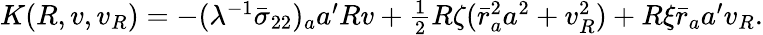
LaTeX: \begin{array}{r}{K(R,v,v_{R})=-(\lambda^{-1}\bar{\sigma}_{22})_{a}{a}^{\prime}Rv+\frac{1}{2}R\zeta(\bar{r}_{a}^{2}{a}^{2}+v_{R}^{2})+R\xi\bar{r}_{a}{a}^{\prime}v_{R}.}\end{array}